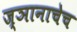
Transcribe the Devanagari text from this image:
ज्ञानाचेच